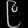
Digit: ၉